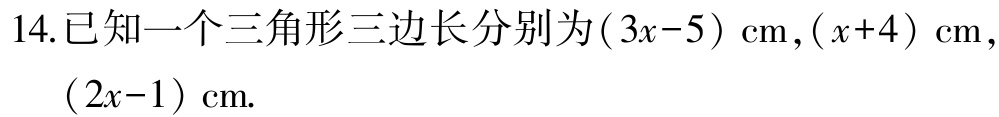
14.已知一个三角形三边长分别为\((3x - 5)\text{ cm},(x + 4)\text{ cm},(2x - 1)\text{ cm}.\)